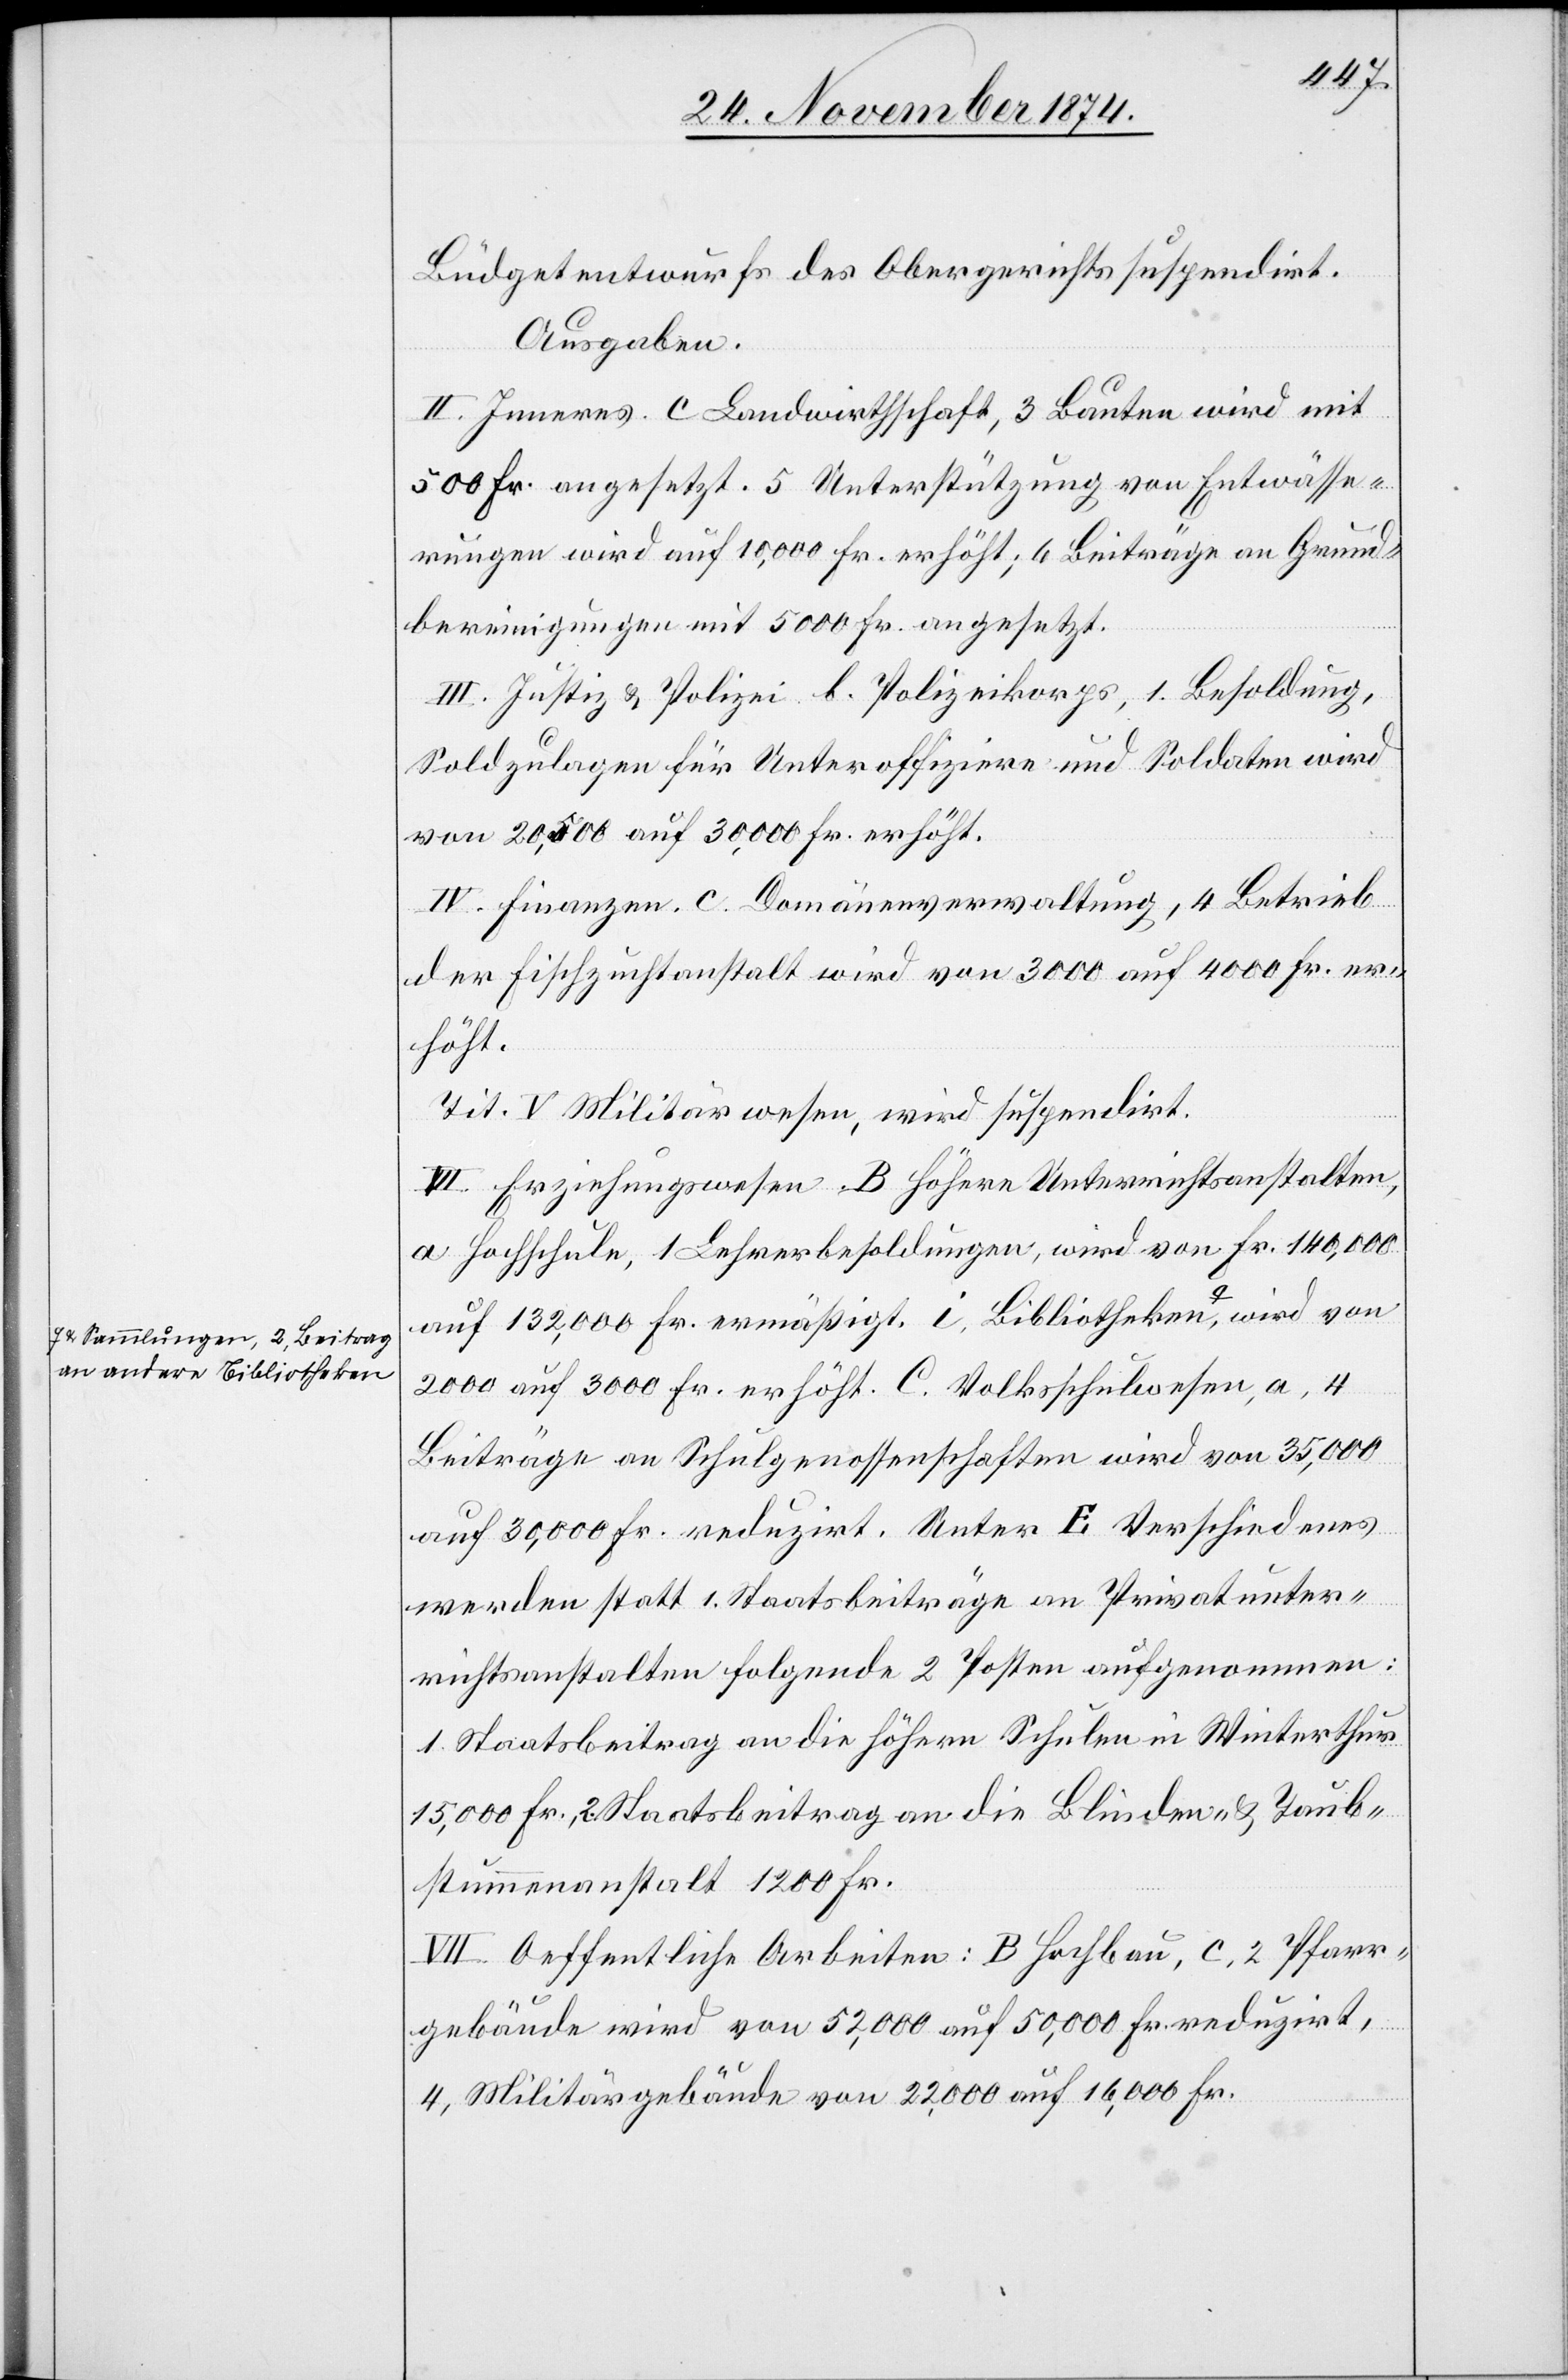
an untere Bibliotheken-a

Büdgetentwurfs des Obergerichts suspendirt.
Ausgaben.
II. Inneres. c. Landwirthschaft, 3 Bauten[,] wird mit
500 Fr. angesetzt. 5 Unterstützung von Entwässe¬
rungen wird auf 10,000 Fr. erhöht; 6 Beiträge an Grund¬
bereinigungen mit 5000 Fr. angesetzt.
III. Justiz & Polizei[.] b. Polizeikorps, 1. Besoldung,
Soldzulagen für Unteroffiziere und Soldaten wird
von 20,500 auf 30,000 Fr. erhöht.
IV. Finanzen. c. Domänenverwaltung, 4 Betrieb
der Fischzuchtanstalt wird von 3000 auf 4000 Fr. er¬
höht.
Tit. V. Militärwesen, wird suspendirt.
Erziehungswesen B. Höhere Unterrichtsanstalten,
a Hochschule, 1 Lehrerbesoldungen, wird von Fr. 140,000
auf 132,000 Fr. ermäßigt. i. Bibliothek, a-Sammlungen,
2000 auf 3000 Fr. erhöht. C. Volksschulwesen, a, 4
Beiträge an Schulgenossenschaften wird von 35,000
auf 30,000 Fr. reduzirt. Unter E Verschiedenes
werden statt 1. Staatsbeiträge an Privatunter¬
richtsanstalten folgende 2 Posten aufgenommen:
1. Staatsbeitrag an die höhern Schulen in Winterthur
15,000 Fr., 2. Staatsbeitrag an die Blinden- & Taub¬
stummenanstalt 1200 Fr.
VII. Oeffentliche Arbeiten: B Hochbau, c, 2 Pfarr¬
gebäude wird von 52,000 auf 50,000 Fr. reduzirt,
4, Militärgebäude von 22,000 auf 16,000 Fr.